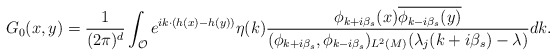
\begin{align*}G_0(x,y)=\frac{1}{(2\pi)^{d}}\int_{\mathcal{O}}e^{ik\cdot (h(x)-h(y))}\eta(k)\frac{\phi_{k+i\beta_s}(x)\overline{\phi_{k-i\beta_s}(y)}}{(\phi_{k+i\beta_s},\phi_{k-i\beta_s})_{L^2(M)}(\lambda_j(k+i\beta_s)-\lambda)}dk.\end{align*}